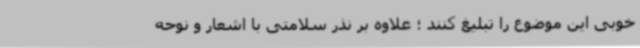
خوبی این موضوع را تبلیغ کنند ؛ علاوه بر نذر سلامتی با اشعار و نوحه